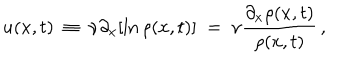
u ( x , t ) \; \equiv \; \nu \partial _ { x } [ \ln \rho ( x , t ) ] \; = \; \nu \frac { \partial _ { x } \rho ( x , t ) } { \rho ( x , t ) } \, ,